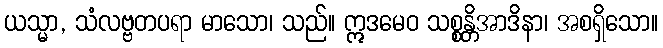
ယသ္မာ, သံလဗ္ဗတပရာ မာသော၊ သည်။ ဣဒမေဝ သစ္စန္တိအာဒိနာ၊ အစရှိသော။